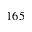
1 6 5